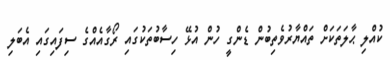
ކުއްލި ޙާލަތަކަށް ތައްޔާރުވެތިބުން ޑެންގީ ހުން އުޅޭ ހިސާބުތަކުގައި ރޯގާއެއްގެ ސިފައިގައި އެބަލި